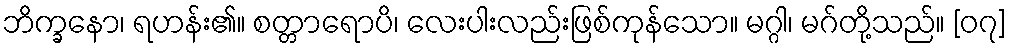
ဘိက္ခနော၊ ရဟန်း၏။ စတ္တာရောပိ၊ လေးပါးလည်းဖြစ်ကုန်သော။ မဂ္ဂါ၊ မဂ်တို့သည်။ [၀၇]